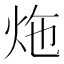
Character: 炧